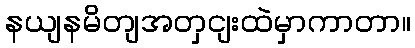
နယျနမိတျအတှငျးထဲမှာကာတာ။